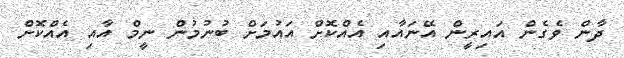
ދާން ވެގެން އައިރީން އޭނައާއި އެއްކޮށް އައުމަށް ބުނުމުން ނީމް އާއި އެއްކޮށް